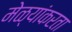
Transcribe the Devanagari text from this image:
मेळ्यांकरता